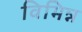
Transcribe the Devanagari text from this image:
विभिन्न